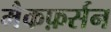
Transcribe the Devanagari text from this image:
मैकफ़र्सन